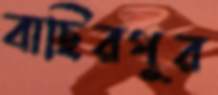
বাছিরপুর